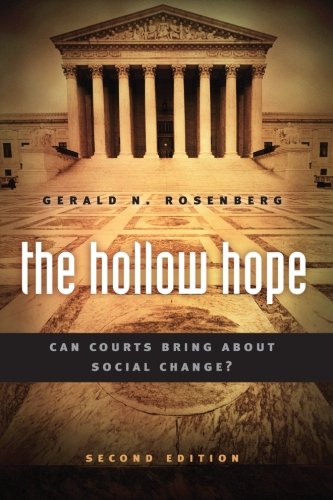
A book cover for The Hollow Hope: Can Courts Bring About Social Change? Second Edition (American Politics and Political Economy Series); Gerald N. Rosenberg; Law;